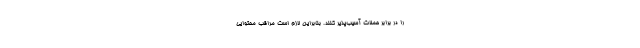
را در برابر حملات آسیب‌پذیر کنند. بنابراین لازم است مراقب محتوایی